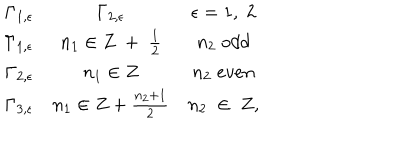
\begin{array} { c c c c } { { \Gamma _ { 1 , \epsilon } } } & { { \Gamma _ { 2 , \epsilon } } } & { { \epsilon = 1 , \; 2 \nonumber } } \\ { { \Gamma _ { 1 , \epsilon } } } & { { n _ { 1 } \in Z \ + \; \frac { 1 } { 2 } } } & { { n _ { 2 } \; o d d \nonumber } } \\ { { \Gamma _ { 2 , \epsilon } } } & { { n _ { 1 } \in Z } } & { { n _ { 2 } \; e v e n \nonumber } } \\ { { \Gamma _ { 3 , \epsilon } } } & { { n _ { 1 } \in Z + \frac { n _ { 2 } + 1 } { 2 } } } & { { n _ { 2 } \; \in \; Z , } } \\ \end{array}